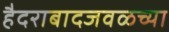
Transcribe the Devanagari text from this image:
हैदराबादजवळच्या